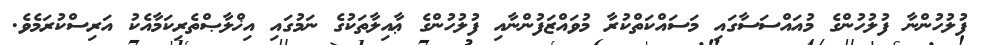
ފުލުހުންނާ ފުލުހުންގެ މުއައްސަސާގައި މަސައްކަތްކުރާ މުވައްޒަފުންނާއި ފުލުހުންގެ ޢާއިލާތަކުގެ ނަމުގައި އިޚްލާޞްތެރިކަމާއެކު އަރިސްކުރަމެވެ.